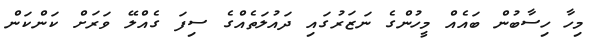
މިހާ ހިސާބުން ބައެއް މީހުންގެ ނަޒަރުގައި ދައުލަތެއްގެ ސިފަ ގެއްލޭ ވަރަށް ކަންކަން